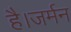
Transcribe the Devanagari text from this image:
है।जर्मन